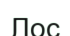
Лос